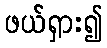
ဖယ်ရှား၍